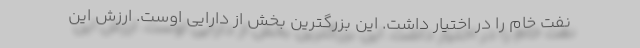
نفت خام را در اختیار داشت. این بزرگترین بخش از دارایی اوست. ارزش این